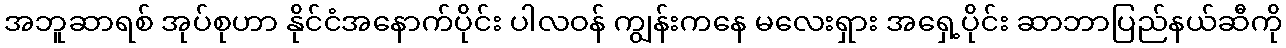
အဘူဆာရစ် အုပ်စုဟာ နိုင်ငံအနောက်ပိုင်း ပါလဝန် ကျွန်းကနေ မလေးရှား အရှေ့ပိုင်း ဆာဘာပြည်နယ်ဆီကို